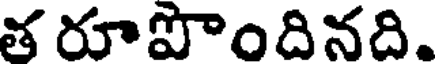
త రూపొందినది.